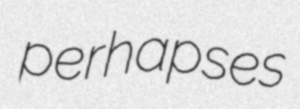
perhapses